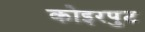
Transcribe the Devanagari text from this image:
कोइरपुट